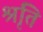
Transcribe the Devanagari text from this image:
श्रृति